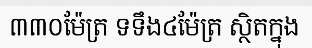
៣៣០ម៉ែត្រ ទទឹង៤ម៉ែត្រ ស្ថិតក្នុង